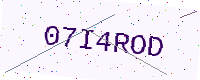
Text: 07I4ROD